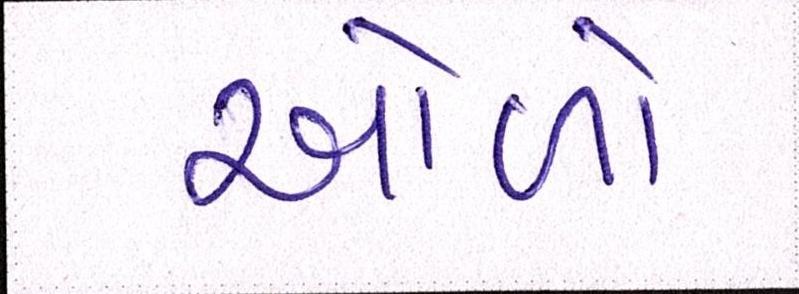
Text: ઓળો